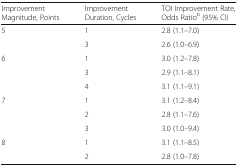
<table><thead><tr><td><b>Improvement Magnitude, Points</b></td><td><b>Improvement Duration, Cycles</b></td><td><b>TOI Improvement Rate, Odds Ratio<sup>b</sup> (95% CI)</b></td></tr></thead><tbody><tr><td rowspan="2">5</td><td>1</td><td>2.8 (1.1–7.0)</td></tr><tr><td>3</td><td>2.6 (1.0–6.9)</td></tr><tr><td rowspan="3">6</td><td>1</td><td>3.0 (1.2–7.8)</td></tr><tr><td>3</td><td>2.9 (1.1–8.1)</td></tr><tr><td>4</td><td>3.1 (1.1–9.1)</td></tr><tr><td rowspan="3">7</td><td>1</td><td>3.1 (1.2–8.4)</td></tr><tr><td>2</td><td>2.8 (1.1–7.6)</td></tr><tr><td>3</td><td>3.0 (1.0–9.4)</td></tr><tr><td rowspan="2">8</td><td>1</td><td>3.1 (1.1–8.5)</td></tr><tr><td>2</td><td>2.8 (1.0–7.8)</td></tr></tbody></table>